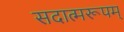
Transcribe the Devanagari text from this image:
सदात्मरूपम्